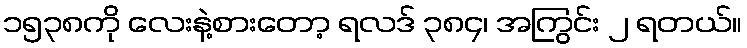
၁၅၃၈ကို လေးနဲ့စားတော့ ရလဒ် ၃၈၄၊ အကြွင်း ၂ ရတယ်။